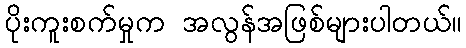
ပိုးကူးစက်မှုက အလွန်အဖြစ်များပါတယ်။